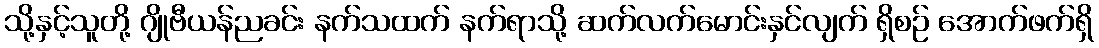
သို့နှင့်သူတို့ ဂျိုဗီယန်ညခင်း နက်သထက် နက်ရာသို့ ဆက်လက်မောင်းနှင်လျက် ရှိစဉ် အောက်ဖက်ရှိ